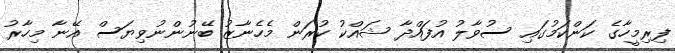
ފިރިމީހާގެ ކަންކަމުގައި ސުވާލު އުފައްދާ ޝައްކު ކުރަން މެހެނާޒު ބޭނުންނުވިޔަސް އޭނާ މިހާރު